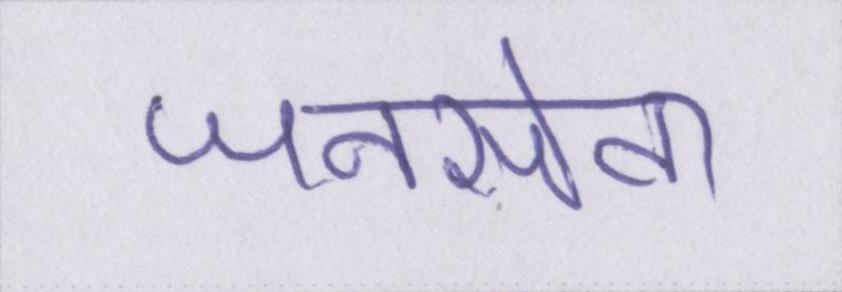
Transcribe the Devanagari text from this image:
जनसेवा